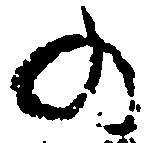
の